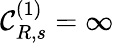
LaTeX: {\mathcal C}_{R,s}^{(1)}=\infty